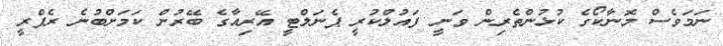
ނަމަވެސް މޮނާކޯގެ ކުޅުންތެރިން ވަނީ ފައުލްކުރީ ޕެނަލްޓީ އޭރިއާގެ ބޭރުން ކަމަށްބުނެ ރެފްރީ